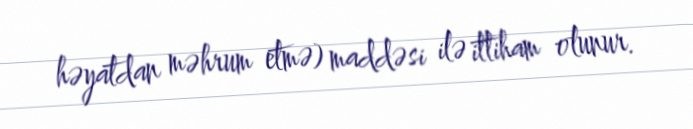
həyatdan məhrum etmə) maddəsi ilə ittiham olunur.